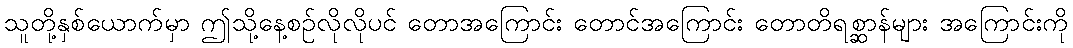
သူတို့နှစ်ယောက်မှာ ဤသို့နေ့စဉ်လိုလိုပင် တောအကြောင်း တောင်အကြောင်း တောတိရစ္ဆာန်များ အကြောင်းကို